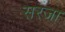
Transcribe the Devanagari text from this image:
सरजा